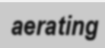
aerating